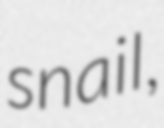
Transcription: snail,